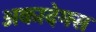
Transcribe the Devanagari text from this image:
अकादेमस